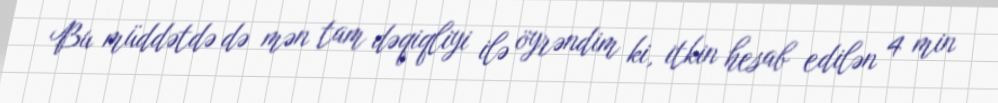
Bu müddətdə də mən tam dəqiqliyi ilə öyrəndim ki, itkin hesab edilən 4 min